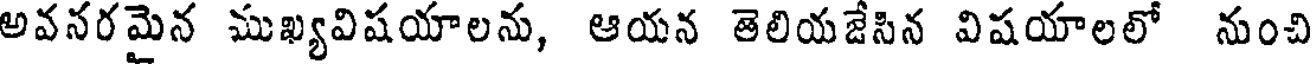
అవనరమైన ముఖ్యవిషయాలను, ఆయన తెలియజేసిన విషయాలలో నుంచి